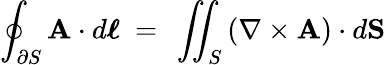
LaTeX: \oint_{\partial S}\mathbf{A}\cdot d{\boldsymbol{\ell}}\ =\ \iint_{S}\left(\nabla\times\mathbf{A}\right)\cdot d\mathbf{S}